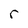
Character: r